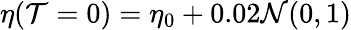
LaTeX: \eta(\mathcal{T}=0)=\eta_{0}+0.02\mathcal{{N}}(0,1)